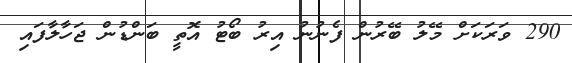
290 ވަރަކަށް މޭލު ބޭރުން ފެނުނު އިރު ބޯޓު އޮތީ ބަންޑުން ޖަހާލާފައި